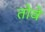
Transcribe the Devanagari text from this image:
तोवे